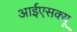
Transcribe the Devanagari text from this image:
आईएसक्यू